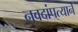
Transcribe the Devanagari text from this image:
नवदांपत्याने